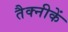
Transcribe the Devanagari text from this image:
तैक्नीकें